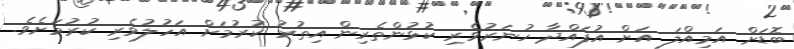
ބޮޑަށް އަމިއްލަ އަށް އުފައްދާ ހުނަރުވެރި ކުޅުންތެރިން އިތުރު ކުރުމަށް އަހުލުވެރި ކުރުމަށެވެ.